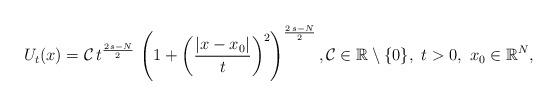
LaTeX: \begin{align*}U_{t}(x)={\mathcal C}\,t^\frac{2\,s-N}{2}\,\left(1+\left(\frac{|x-x_0|}{t}\right)^2\right)^{\frac{2\,s-N}{2}},\mathcal{C}\in\mathbb{R}\setminus\{0\},\ t>0,\ x_0\in\mathbb{R}^N,\end{align*}